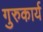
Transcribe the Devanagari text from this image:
गुरुकार्य